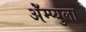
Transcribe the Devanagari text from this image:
ॲेम्प्युला